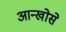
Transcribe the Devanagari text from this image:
आन्खोसे